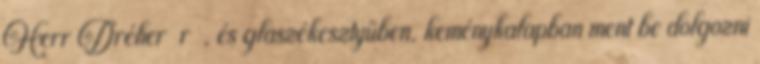
Herr Dréher r , és glaszékesztyűben, keménykalapban ment be dolgozni